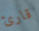
قارئ